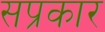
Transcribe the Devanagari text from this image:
सप्रकार